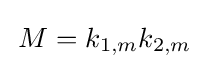
\,M=k_{1,m}k_{2,m}